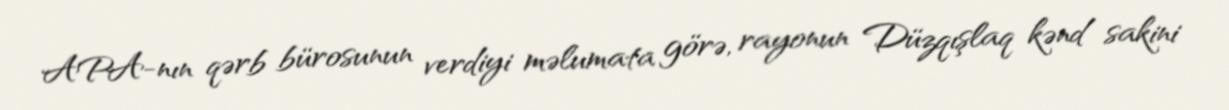
APA-nın qərb bürosunun verdiyi məlumata görə, rayonun Düzqışlaq kənd sakini